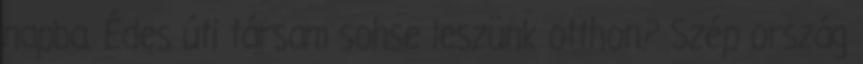
napba. Édes úti társam sohse leszünk otthon? Szép ország